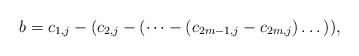
LaTeX: \begin{align*} b = c_{1, j}- (c_{2,j}-(\dots - (c_{2m-1,j}-c_{2m,j})\dots)), \end{align*}